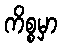
ကိစ္စမှာ